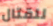
للقتال